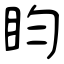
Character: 盷